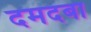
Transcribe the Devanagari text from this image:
दमदबा